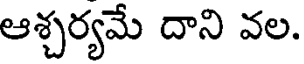
ఆశ్చర్యమే దాని వల.